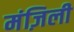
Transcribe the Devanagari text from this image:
मंज़िली